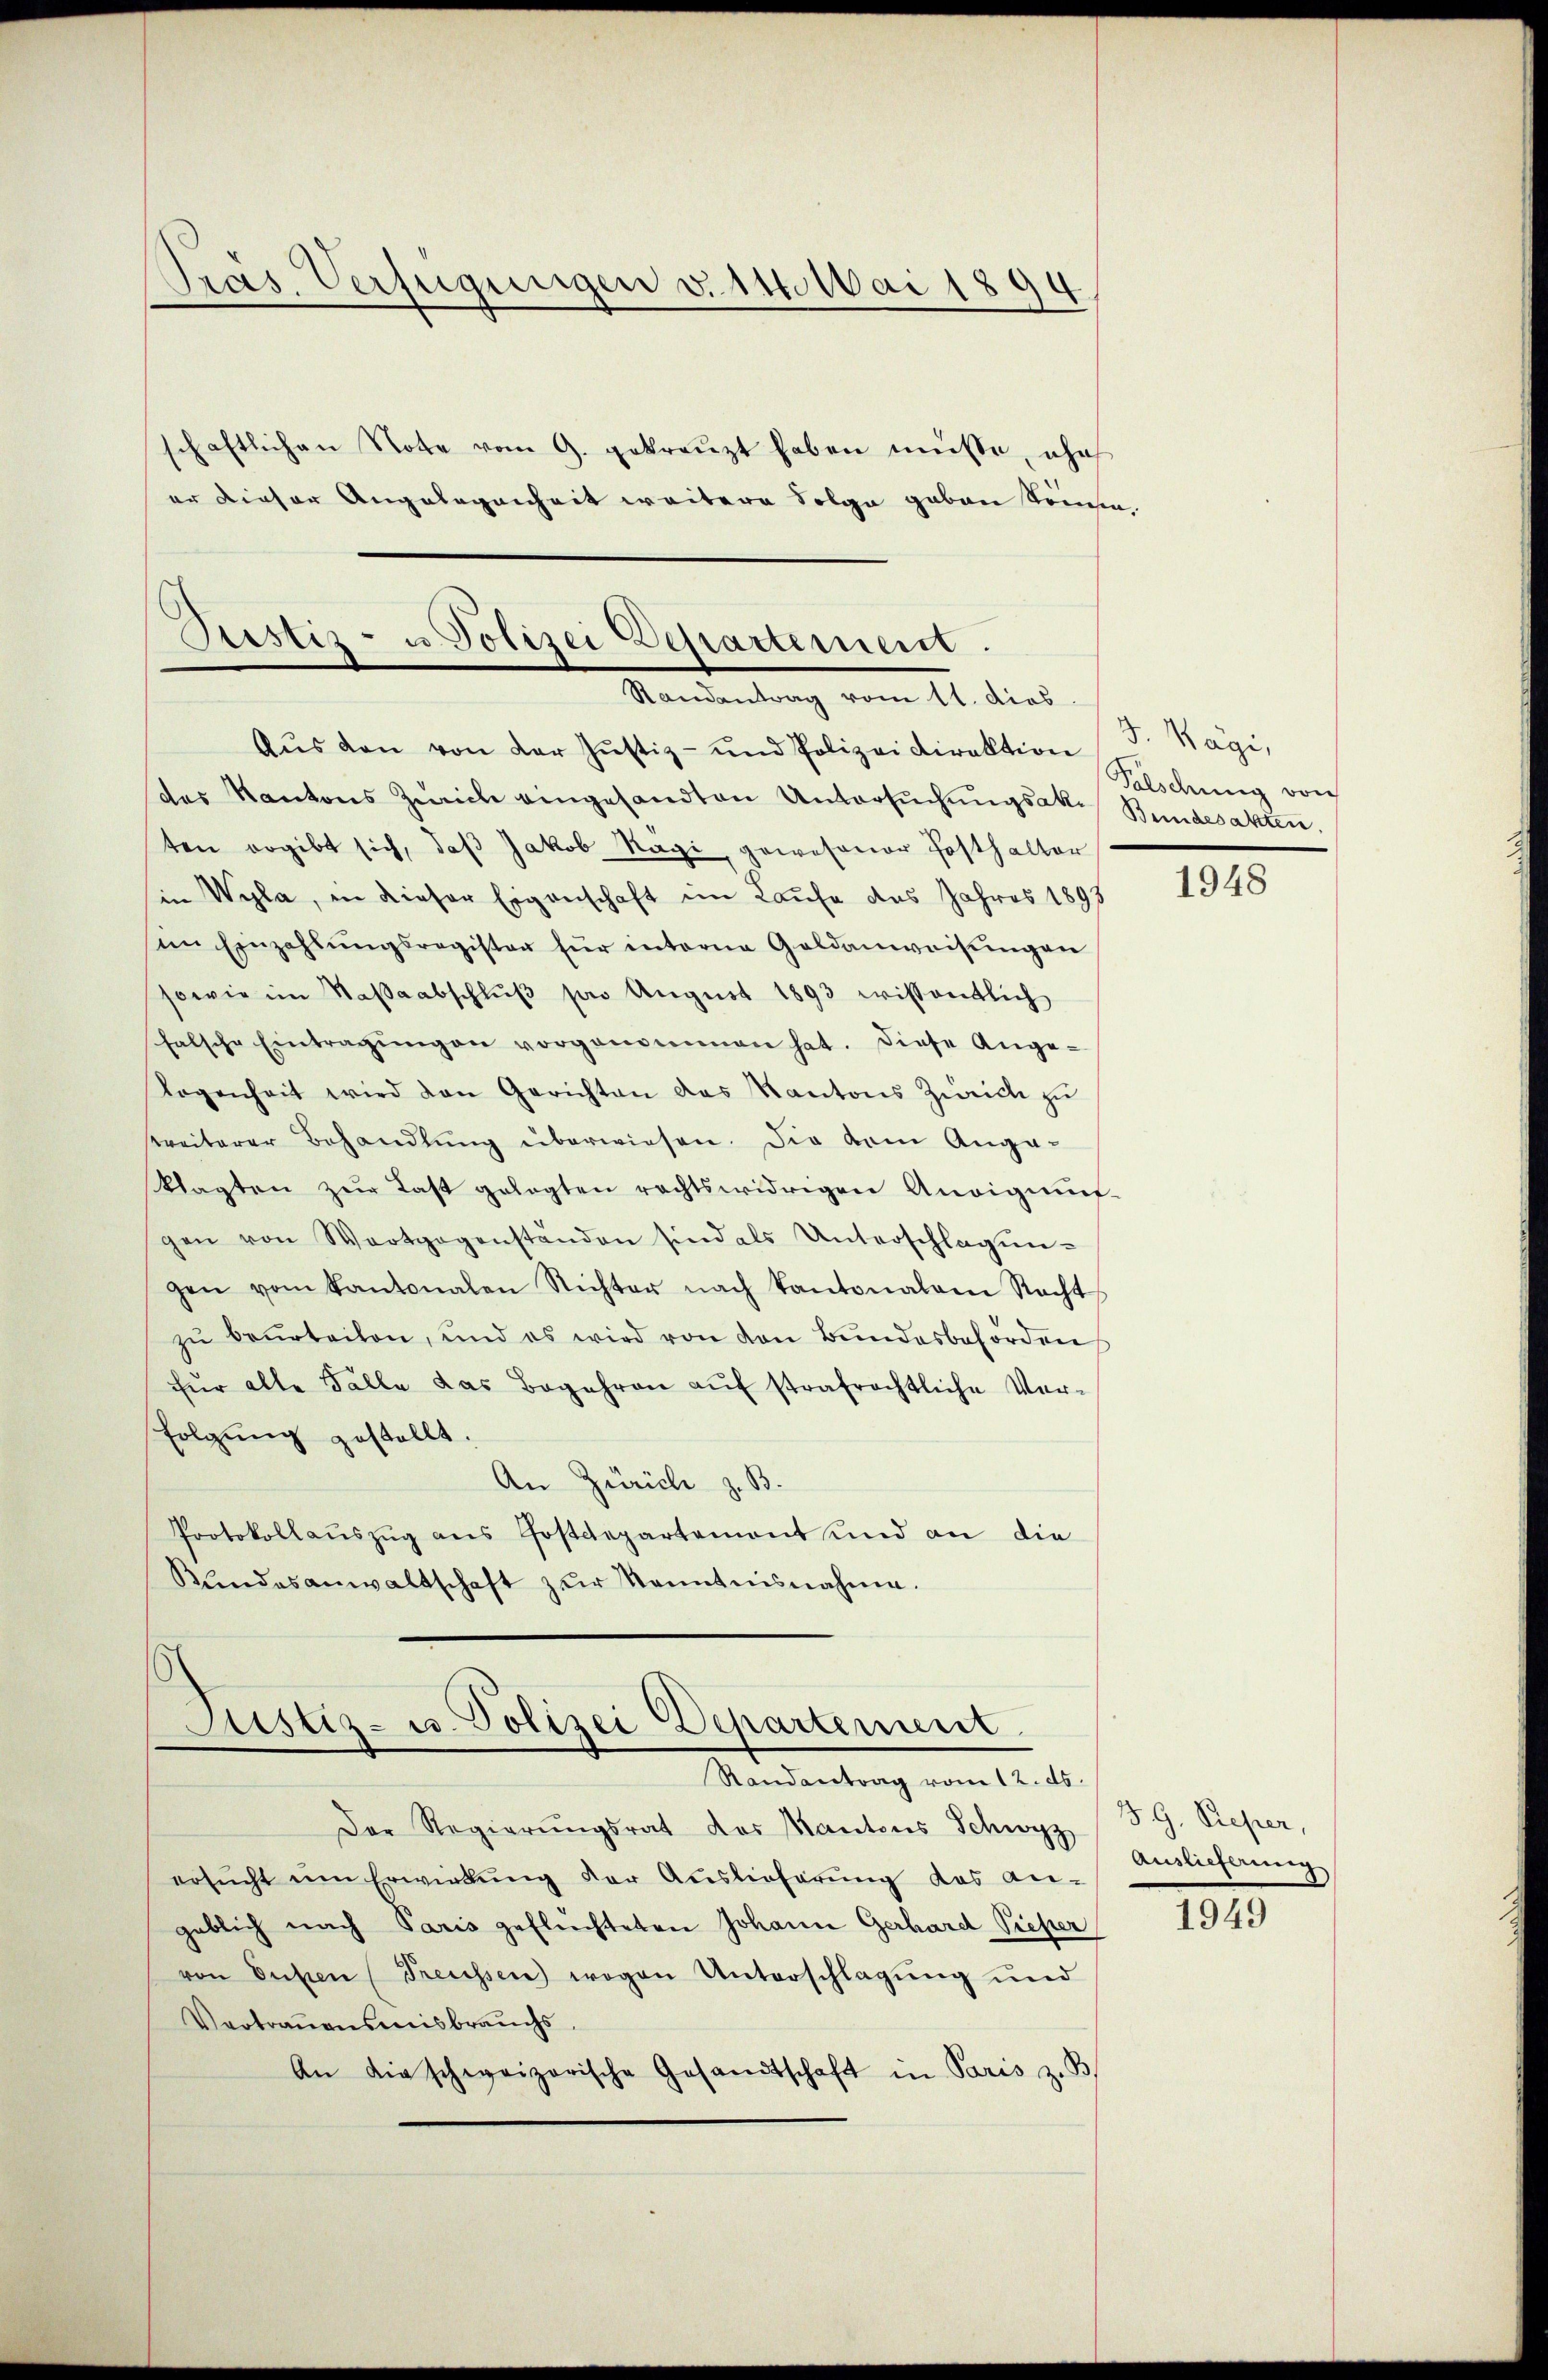
Prais Verfügungen v. 14. Mai 1890
d

schaftlichen Note vom 9. gekreuzt haben müsse, ohn
er dieser Angelegenheit weitere Folge geben Sommen

Justiz- u Polizei Departement.
Mandantung vom 14. dies

Aŭs den von der Justiz- und Polizeidirektion J. Hägi,
des Kantons Zürich eingesandten Untersŭchŭngsak. Bundesakten,
ten ergibt sich, daß Jakob Ragi, gewesener Posthalter
in Wyla, in dieser Eigenschaft im Laufe des Jahres 1893
sin Einzahlŭngsregister für interne Geldanweisŭngen
sowie im Maβaabschlŭβ pro Aŭgŭst 1893 wissentlich
falsche Eintragŭngen vorgenommen hat. Diese Ange-
logenheit wird den Gerichten das Kantons Zürich zŭ
treiterer Behandlŭng überwiesen. Die vom Angaklagten zŭr Last gelegten rechtswidrigen Andigung.
gen von Wortgegenständen sind als Unterschlagun-
gen vom Kantonalen Richter nach kantonalem Nacht
zŭ beŭrteilen, und es wird von den Bundesbehörden
für alle Fälle das Begehren aŭf strafrechtliche Ver-
folgung gestellt.
An Zürich z. B.
Protokollaŭszŭg ans Postdepartement und an die
Kundesanwaltschaft zur Kenntnisnahme.

Justiz- u. Polizei Departement.
.
Randantrag vom 12. ds.

Der Regierungsrat des Mantons Schwyz
ersŭcht ŭm Erwirkŭng der Auslieferŭng das an-
geblich nach Paris geflüchteten Johann Gerhard Pieper
von Enten Treussen wegen Unterschlagung und
Vortrauensmisbrauchs
An die schweizerische Gesandtschaft in Paris z. B.

Falschung von

1948

J. G. Reper,
Auslieferung

1949